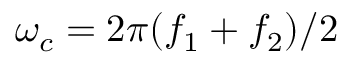
\omega _ { c } = 2 \pi ( f _ { 1 } + f _ { 2 } ) / 2